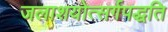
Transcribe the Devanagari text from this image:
जलाशयोत्सर्गपद्धति